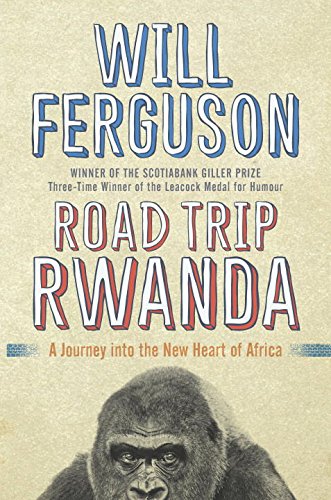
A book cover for Road Trip Rwanda: A Journey Into the New Heart of Africa; Will Ferguson; Travel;